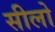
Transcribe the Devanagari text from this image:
सीलो